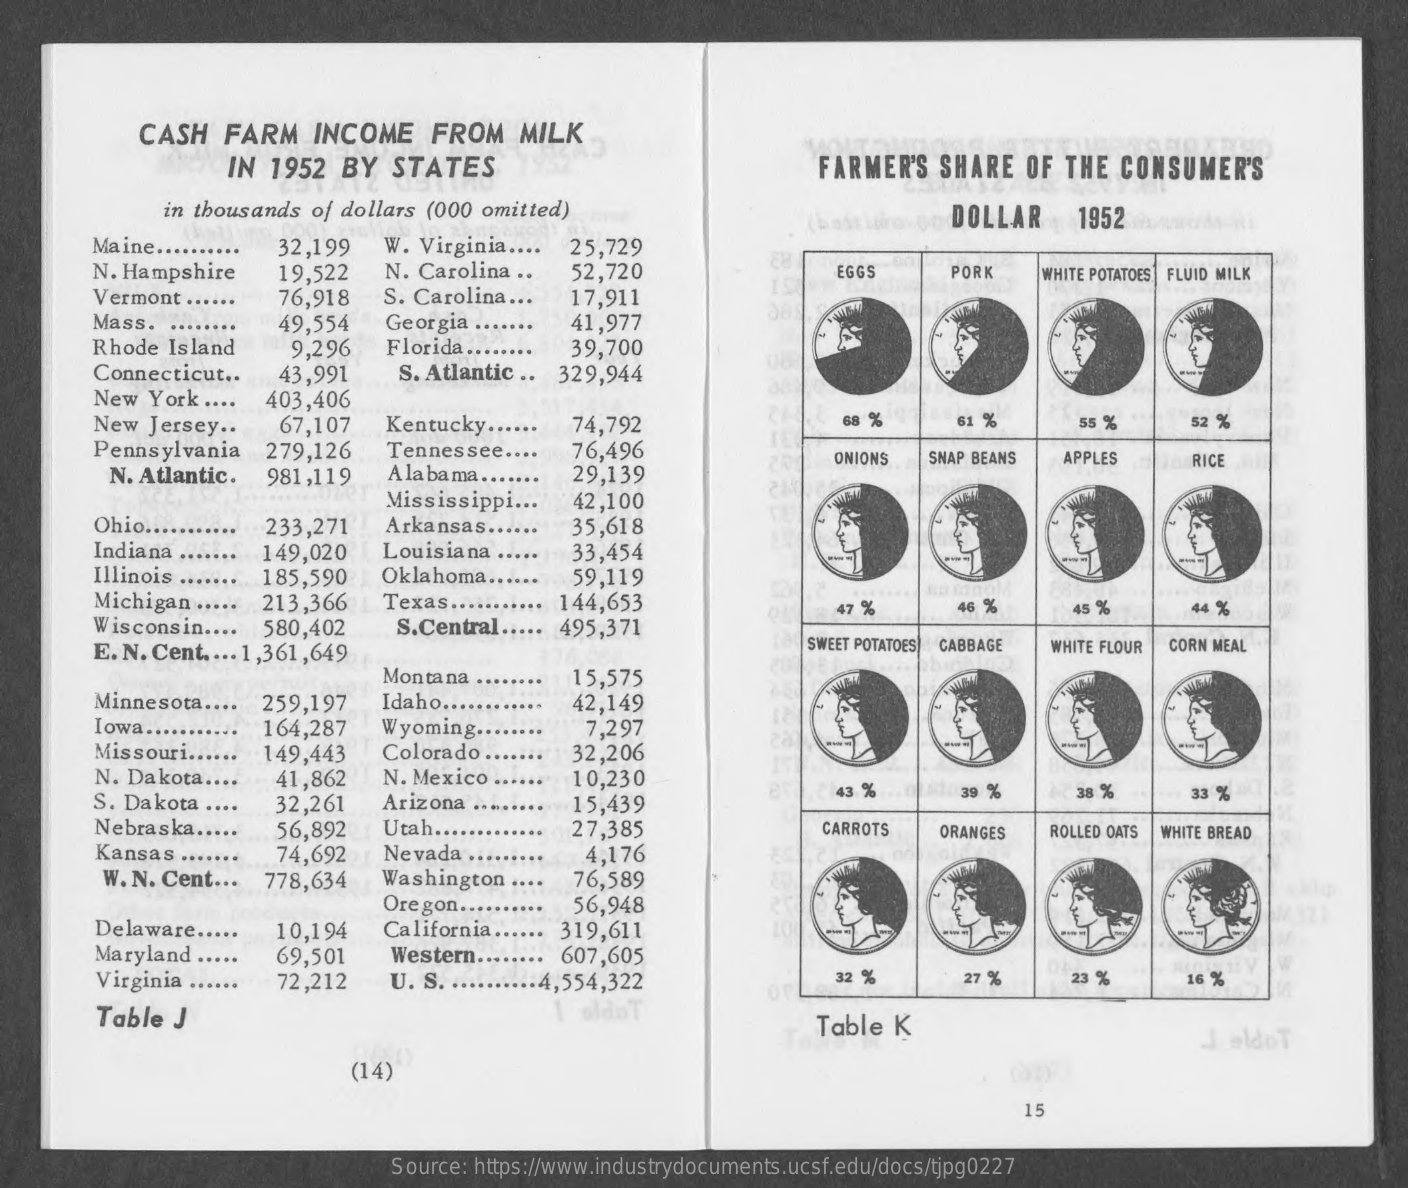
CASH FARM INCOME FROM MILK
     IN 1952 BY STATES    FARMER'S SHARE OF THE CONSUMER'S
     in thousands of dollars (000 omitted)    DOLLAR 1952
     Maine ...... 32,199 W. Virginia .... 25,729
     N. Hampshire 19,522 N. Carolina .. 52,720 EGGS PORK WHITE POTATOES
     S. Carolina ...
     FLUID MILK
     Vermont ...
     Mass. ...
     76,918    17,911
     Rhode Island
     49,554 Georgia ..
     9,296 Florida ...
     41,977
     39,700
     Connecticut ..   S. Atlantic .. 329,944
     New York ....
     43,991
     403,406
     New Jersey .. 67,107 Kentucky ..... 74,792 68 % 61 %  55 %  52 %
     Pennsylvania 279,126 Tennessee .. 76,496
     N. Atlantic. 981,119 A la ba ma .. 29,139
     ONIONS SNAP BEANS APPLES RICE
     Mississippi ..
     Ohio ...
     42,100
     233,271 Arkansas .. 35,618
     Indiana . 149,020 Louisiana
     Illinois  185,590 Oklahoma ..
     33,454
     Michigan ...
     59,119
     213,366 Texas ...
     Wisconsin ...
     144,653    46 %   45 %  44 %
     580,402    495,371
     47 %
     E. N. Cent. ... 1,361,649
     S.Central.
     SWEET POTATOES CABBAGE WHITE FLOUR CORN MEAL
     Montana
     Minnesota ....
     15,575
     Idaho ..
     Iowa ...
     259,197    42,149
     Wyoming ..
     Missouri.
     164,287    7,297
     Colorado.
     N. Dakota ..
     149,443    32,206
     N. Mexico .
     S. Dakota .
     41,862    10,230
     32,261 Arizona  15,439
     43 %  39 %   38 %  33 %
     Nebraska ... 56,892 Utah .. 27,385    CARROTS ORANGES ROLLED OATS WHITE BREAD
     Kansas ... 74,692 Nevada ..
     778,634 Washington ..
     4,176
     W. N. Cent ...    76,589
     Oregon .. 56,948
     Delaware .....
     Maryland ....
     10,194 California .. 319,611
     Virginia ...
     69,501 Western ... 607,605
     72,212 U. S. .... ·4,554,322   32 %   27 %  23 %  16 %
     Table J    Table K    J.aldoT
     (14)
     15
     Source: https://www.industrydocuments.ucsf.edu/docs/tjpg0227